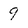
Character: 9